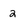
Character: 2